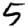
Digit: 5